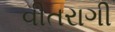
વીતરાગી